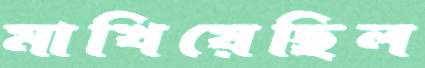
মাখিয়েছিল